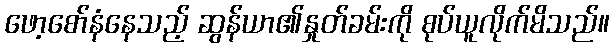
ဖော့စော်နံနေသည့် ဆွန်ယာ၏နှုတ်ခမ်းကို စုပ်ယူလိုက်မိသည်။